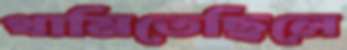
থামিতেছিলে